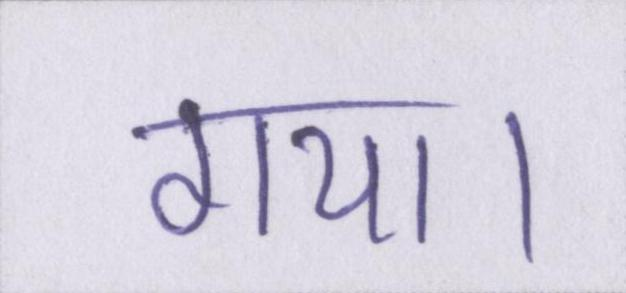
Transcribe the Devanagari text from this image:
गया।